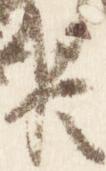
臣